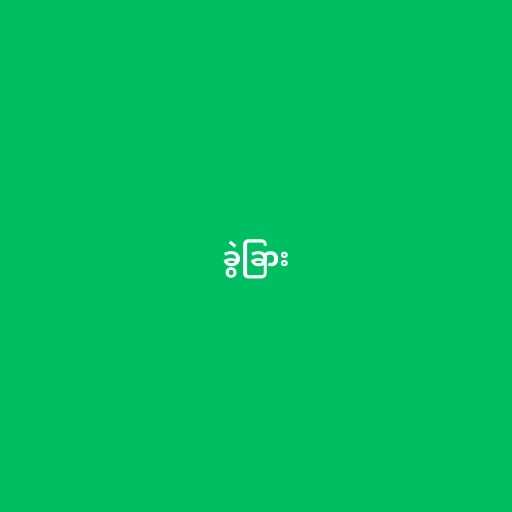
ခွဲခြား